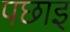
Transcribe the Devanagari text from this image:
पछाइ